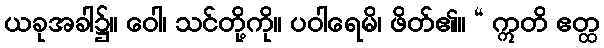
ယခုအခါ၌။ ဝေါ၊ သင်တို့ကို။ ပဝါရေမိ၊ ဖိတ်၏။ “ ဣတိ ဧတ္ထ